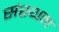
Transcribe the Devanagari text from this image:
संस्थन